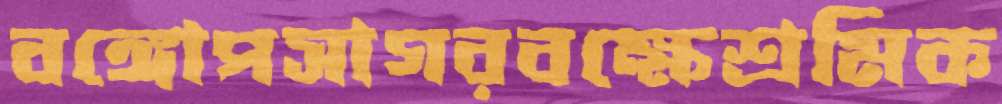
বঙ্গোপসাগরবক্ষেশ্রমিক